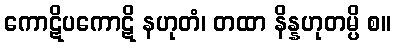
ကောဋိပကောဋိ နဟုတံ၊ တထာ နိန္နဟုတမ္ပိ စ။